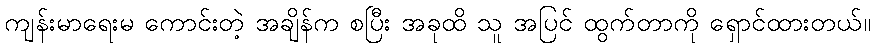
ကျန်းမာရေးမ ကောင်းတဲ့ အချိန်က စပြီး အခုထိ သူ အပြင် ထွက်တာကို ရှောင်ထားတယ်။